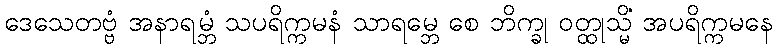
ဒေသေတဗ္ဗံ အနာရမ္ဘံ သပရိက္ကမနံ သာရမ္ဘေ စေ ဘိက္ခု ဝတ္ထုသ္မိံ အပရိက္ကမနေ